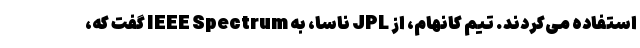
استفاده می‌کردند. تیم کانهام، از JPL ناسا، به IEEE Spectrum گفت که،